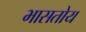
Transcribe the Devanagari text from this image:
भासतोय